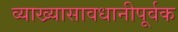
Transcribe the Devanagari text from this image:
व्याख्यासावधानीपूर्वक